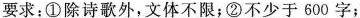
要求：①除诗歌外，文体不限；②不少于600字；